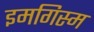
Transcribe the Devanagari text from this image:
इमगिस्म